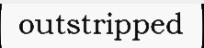
outstripped